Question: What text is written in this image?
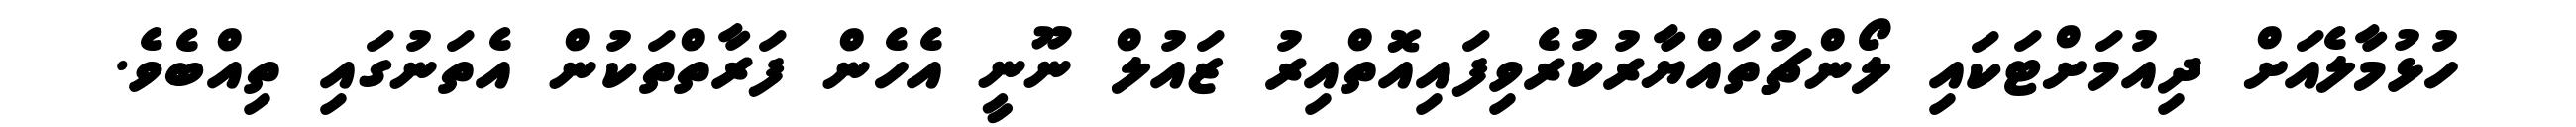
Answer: ހުޅުމާލެއަށް ދިއުމަށްޓަކައި ލޯންޗުތައްޔާރުކުރެވިފައިއޮތްއިރު ޒައުލް ނޫނީ އެހެން ފަރާތްތަކުން އެތަނުގައި ތިއްބެވެ.